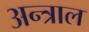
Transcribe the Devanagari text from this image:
अन्त्राल